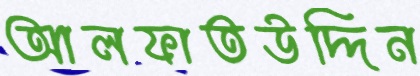
আলফাতউদ্দিন